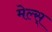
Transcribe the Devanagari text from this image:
मेल्स्